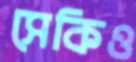
সেকিও